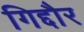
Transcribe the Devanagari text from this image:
गिद्दौर